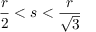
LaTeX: \frac { r } { 2 } < s < \frac { r } { \sqrt { 3 } }